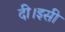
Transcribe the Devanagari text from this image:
दी।इसी